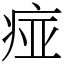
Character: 痖